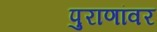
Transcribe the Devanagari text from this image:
पुराणांवर